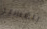
بتفسير